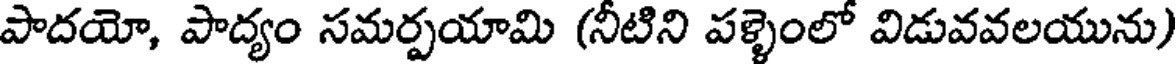
పాదయో, పాద్యం సమర్పయామి (నీటిని పళ్ళెంలో విడువవలయును)